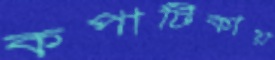
কপাটিকায়